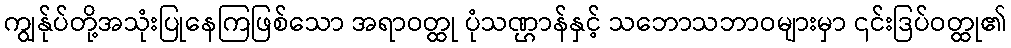
ကျွန်ုပ်တို့အသုံးပြုနေကြဖြစ်သော အရာဝတ္ထု ပုံသဏ္ဌာန်နှင့် သဘောသဘာဝများမှာ ၎င်းဒြပ်ဝတ္ထု၏